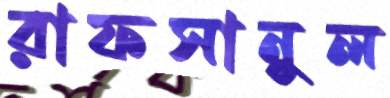
রাফসানুল